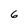
Character: 6